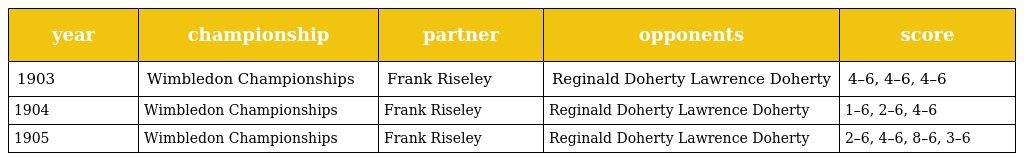
| year | championship | partner | opponents | score |
 | --- | --- | --- | --- | --- |
 | 1903 | Wimbledon Championships | Frank Riseley | Reginald Doherty Lawrence Doherty | 4–6, 4–6, 4–6 |
 | 1904 | Wimbledon Championships | Frank Riseley | Reginald Doherty Lawrence Doherty | 1–6, 2–6, 4–6 |
 | 1905 | Wimbledon Championships | Frank Riseley | Reginald Doherty Lawrence Doherty | 2–6, 4–6, 8–6, 3–6 |